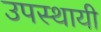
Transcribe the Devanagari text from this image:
उपस्‍थायी